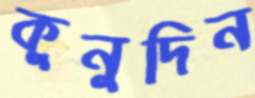
কুনুদিন